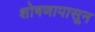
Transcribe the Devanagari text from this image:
शोषणापासून